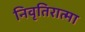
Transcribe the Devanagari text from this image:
निवृतिरात्मा